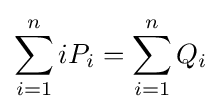
\sum _{i=1}^{n}iP_{i}=\sum _{i=1}^{n}Q_{i}